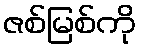
ဇစ်မြစ်ကို